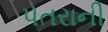
પતરાની